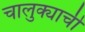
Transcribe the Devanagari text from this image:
चालुक्याची